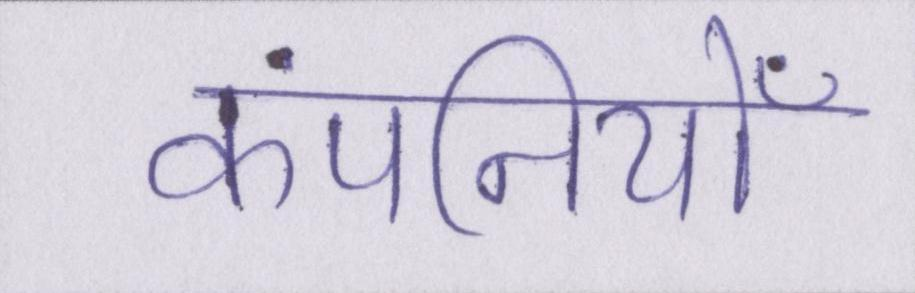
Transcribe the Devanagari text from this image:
कंपनियोँ